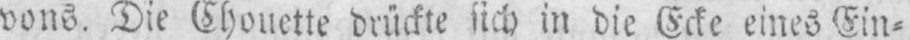
vons. Die Chouette drückte sich in die Ecke eines Ein⸗